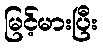
မြင့်မားပြီး